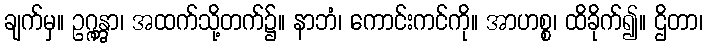
ချက်မှ။ ဥဂ္ဂန္တွာ၊ အထက်သို့တက်၌။ နာဘံ၊ ကောင်းကင်ကို။ အာဟစ္စ၊ ထိခိုက်၍။ ဌိတာ၊